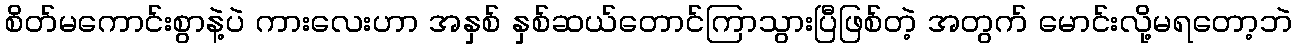
စိတ်မကောင်းစွာနဲ့ပဲ ကားလေးဟာ အနှစ် နှစ်ဆယ်တောင်ကြာသွားပြီဖြစ်တဲ့ အတွက် မောင်းလို့မရတော့ဘဲ